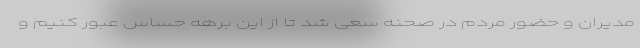
مدیران و حضور مردم در صحنه سعی شد تا از این برهه حساس عبور کنیم و